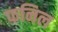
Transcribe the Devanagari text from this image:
फनिल